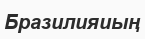
Бразилияиың